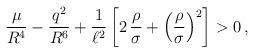
LaTeX: \begin{align*}\frac{\mu}{R^4}-\frac{q^2}{R^6}+\frac{1}{\ell^2}\left[2\,\frac{\rho}{\sigma}+\left(\frac{\rho}{\sigma}\right)^2\right]>0\,,\end{align*}